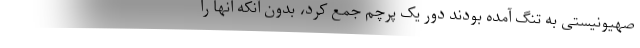
صهیونیستی به تنگ آمده بودند دور یک پرچم جمع کرد، بدون آنکه آنها را